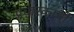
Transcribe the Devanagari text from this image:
प्रचारकाची